Civil Veterinary Department Bihar & Orissa reports 1911-21 - 1911-1921
Year: 1911
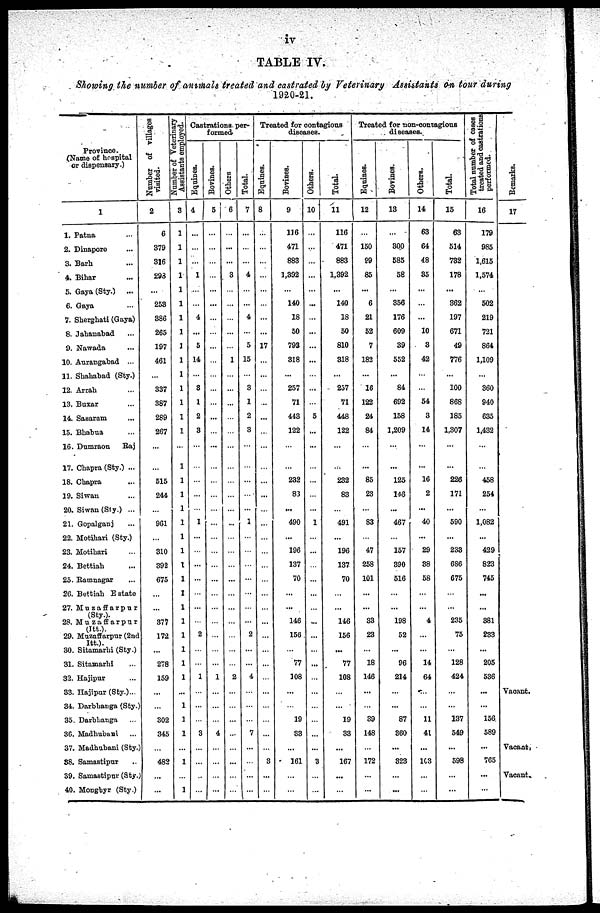
iv
TABLE IV.
Showing the number of animals treated and castrated by Veterinary Assistants on tour during
1920-21.
Province.
(Name of hospital
or dispensary.)
1
1. Patna ...
2. Dinapore ...
3. Barh ...
4. Bihar
5. Gaya (Sty.) ...
6. Gaya ...
7. Sherghati (Gaya)
8. Jahanabad ...
9. Nawada ...
10. Aurangabad ...
11. Shahabad (Sty.)
12. Arrah ...
13. Buxar ...
14. Sasaram ...
15. Bhabua ...
16. Dumraon
Raj
17. Chapra (Sty.) ...
18. Chapra ...
19. Siwan ...
20. Siwan (Sty.) ...
21. Gopalganj ...
22. Motihari (Sty.) ...
23. Motihari ...
24. Bettiah ...
25. Ramnagar ...
26. Bettiah Estate
27. Muzaffarpur
(Sty.). 28. Muzaffarpur
Itt.).
29. Muzaffarpur (2nd
Itt.).
30. Sitamarhi (Sty.)
31. Sitamarhi ...
32. Hajipur ...
33. Hajipur(Sty.) ...
34. Darbhanga (Sty.)
35. Darbhanga ...
36. Madhubuni ...
37. Madhubani (Sty.)
38. Samastipur
39. Samastipur (Sty.)
40. Monghyr (Sty.)
Number of villages
visited.
2
6
379
316
293
...
253
386
265
197
461
...
337
387
289
267
...
...
515
244
...
961
...
310
392
675
...
...
377
172
...
278
159
...
...
302
345
...
482
...
...
Number of Veterinary
Assistants employed.
3
1
1
...
1
1
1
1
1
1
1
1
1
1
1
1
...
1
1
1
1
1
1
1
1
1
1
1
1
1
1
1
1
...
1
1
1
...
1
...
1
Castrations, per-
formed.
Equines.
4
...
...
...
1
...
...
4
...
5
14
...
8
1
2
3
...
...
...
...
...
1
...
...
...
...
...
...
2
...
...
1
...
...
...
3
...
...
...
...
Bovines.
5
...
...
...
...
...
...
...
...
...
...
...
...
...
...
...
...
...
...
...
...
...
...
...
...
...
...
...
...
...
...
...
1
...
...
...
4
...
...
...
...
Others
6
...
...
3
...
...
...
...
...
1
...
...
...
...
...
...
...
...
...
...
...
...
...
...
...
...
...
...
...
...
...
2
...
...
...
...
...
...
...
Total.
7
...
...
...
4
...
...
4
5
15
...
3
1
2
3
...
...
...
...
...
1
...
...
...
...
...
...
...
2
...
...
4
...
...
...
7
...
...
...
...
Treated for contagious
diseases.
Equines.
8
...
...
...
...
...
...
...
...
17
...
...
...
...
...
...
...
...
...
...
...
...
...
...
...
...
...
...
...
...
...
...
...
...
...
...
...
3
...
...
Bovines.
9
116
471
883
1,392
...
140
18
50
793
318
...
257
71
443
122
...
...
232
83
...
490
...
196
137
70
...
...
146
156
...
77
108
...
...
19
33
...
161
...
...
Others.
10
...
...
...
...
...
...
...
...
...
...
...
...
5
...
...
...
...
...
...
1
...
...
...
...
...
...
...
...
...
...
...
...
...
3
...
...
Total.
11
116
471
883
1,392
...
140
18
50
810
318
...
257
71
448
122
...
...
232
83
...
491
...
196
137
70
...
...
146
156
...
77
108
...
...
19
33
...
167
...
...
Treated for non-contagious
diseases.
Equines.
12
...
150
89
85
...
6
21
52
7
182
...
16
122
24
84
...
...
85
23
...
83
...
47
258
101
...
...
33
23
18
146
...
...
39
148
...
172
...
...
Bovines.
13
...
800
585
58
...
356
176
609
39
552
...
84
692
158
1,209
...
...
125
146
...
467
...
157
390
516
...
...
198
52
...
96
214
...
...
87
860
...
323
...
...
Others.
14
63
64
48
35
...
...
...
10
3
42
...
54
3
14
...
...
16
2
...
40
...
29
88
58
...
...
4
...
14
64
...
...
11
41
...
163
...
...
Total.
15
63
514
782
178
...
362
197
671
49
776
...
100
868
185
1,307
...
...
226
171
...
590
...
233
686
675
...
...
235
75
...
128
424
...
...
137
549
...
598
...
...
Total number of cases
treated and castrations
performed.
16
179
985
1,615
1,574
...
502
219
721
864
1,109
...
360
940
635
1,432
...
...
458
254
...
1,082
...
429
823
745
...
...
381
283
...
205
536
...
...
156
589
...
765
...
...
Remarks.
17
Vacant.
Vacant
Vacant